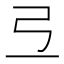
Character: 弖